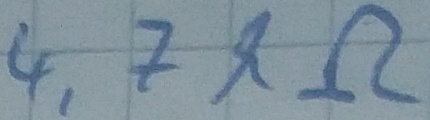
Text: 4,7kΩ